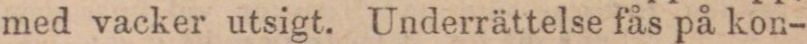
med vacker utsigt. Underrättelse fås på kon-